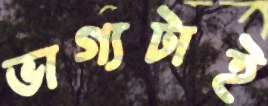
ভাগ্যটাই